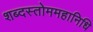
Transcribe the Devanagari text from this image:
शब्दस्तोममहानिधि